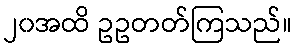
၂၀အထိ ဥဥတတ်ကြသည်။